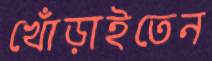
খোঁড়াইতেন